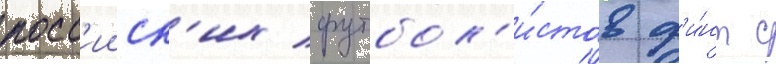
росс'ииск'их футбол'и́стов ф'и́нт с